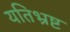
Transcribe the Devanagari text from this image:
यतिभ्रष्ट